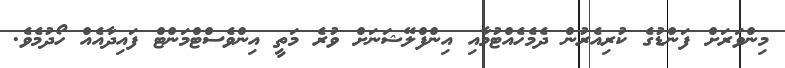
މިންވަރަށް ފަންޑުގެ ކުރިއެރުން ދެމެހެއްޓުމާއި އިންފްލޭޝަނަށް ވުރެ މަތީ އިންވެސްޓްމަންޓް ފައިދާއެއް ހޯދުމެވެ.